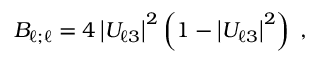
B _ { { \ell } ; { \ell } } = 4 \left| U _ { { \ell } 3 } \right| ^ { 2 } \left( 1 - \left| U _ { { \ell } 3 } \right| ^ { 2 } \right) \; ,